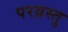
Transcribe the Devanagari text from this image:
परव्रस्तु